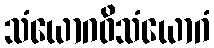
သံယောဂဝိသံယောဂံ